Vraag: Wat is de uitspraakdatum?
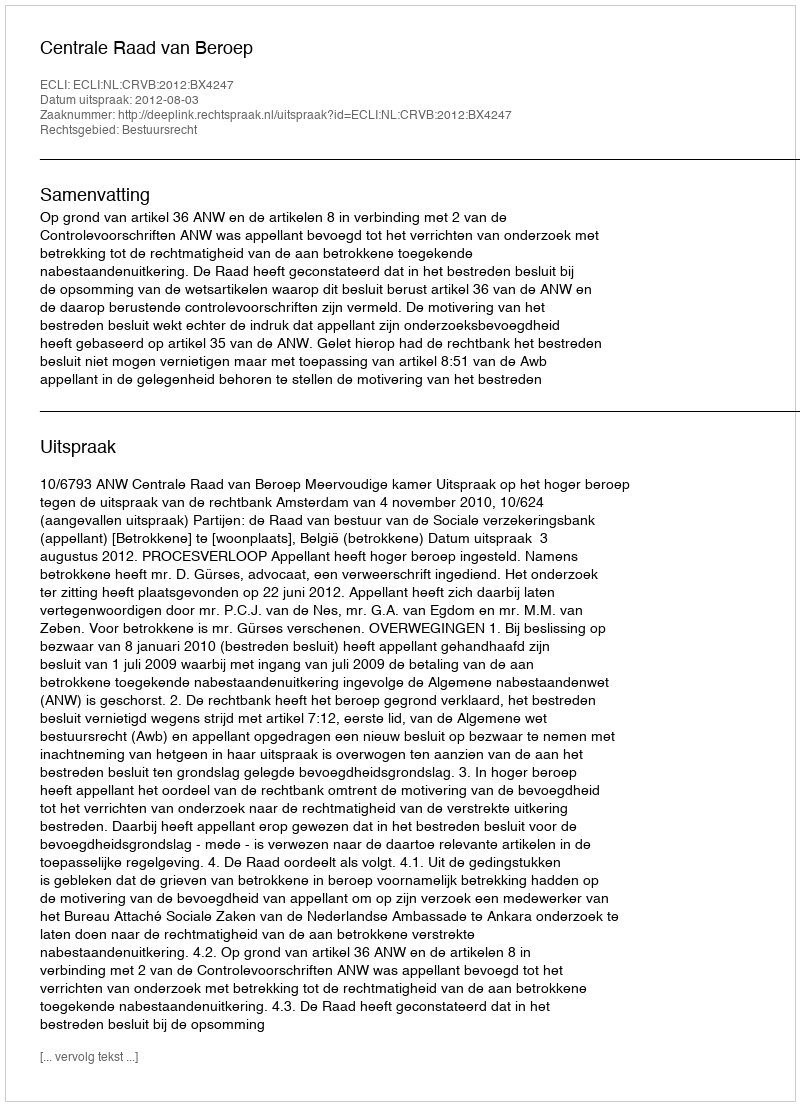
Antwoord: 2012-08-03